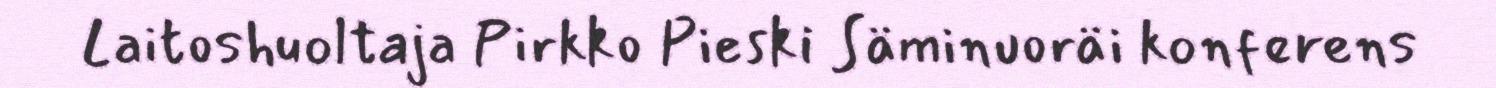
Laitoshuoltaja Pirkko Pieski Säminuoräi konferens